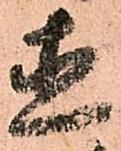
直